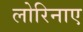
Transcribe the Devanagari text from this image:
लोरिनाए